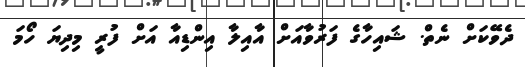
ދެވޭކަށް ނެތް. ޝައިހާގެ ފަރުވާއަށް އާއިލާ އިންޑިއާ އަށް ފުރީ މިދިޔަ ހޯމަ